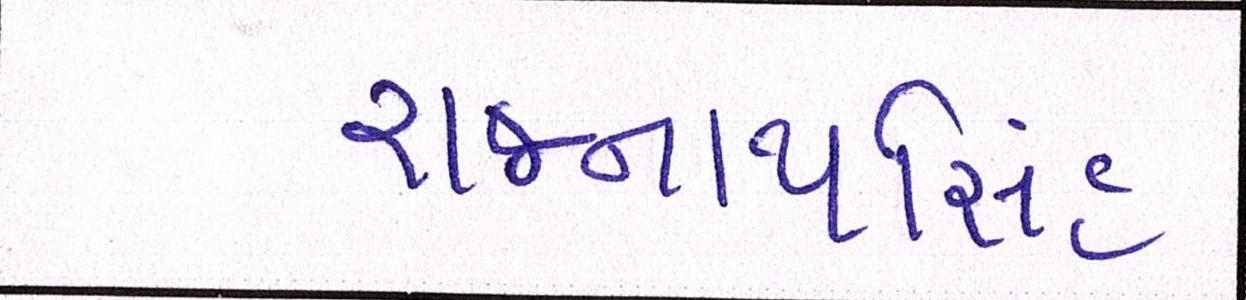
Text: રાજનાથસિંહ